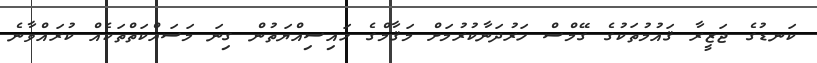
ކަނޑުގެ ޖަޒީރާ ޤައުމުތަކުގެ ގޭމްސް ހަރުދަނާކުރުމަށް މަޤާމްގެ ހައިސިއްޔަތުން ގިނަ މަސައްކަތްތަކެއް ކުރައްވާނެ